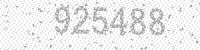
Solution: 925488